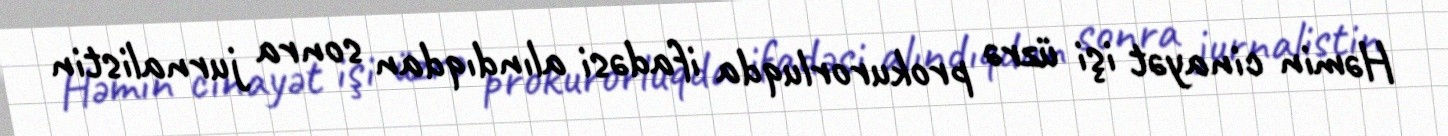
Həmin cinayət işi üzrə prokurorluqda ifadəsi alındıqdan sonra jurnalistin